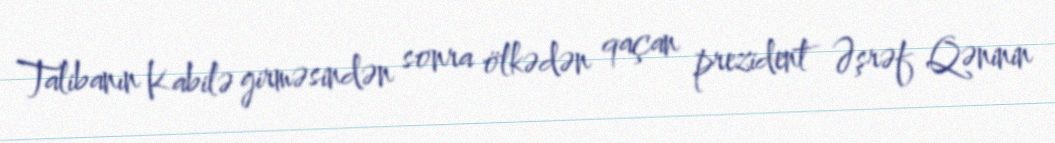
Talibanın Kabilə girməsindən sonra ölkədən qaçan prezident Əşrəf Qəninin